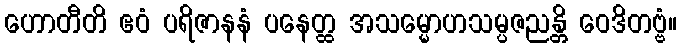
ဟောတီတိ ဧဝံ ပရိဇာနနံ ပနေတ္ထ အသမ္မောဟသမ္ပဇညန္တိ ဝေဒိတဗ္ဗံ။